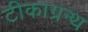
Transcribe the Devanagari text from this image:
टीकाग्रन्थ